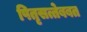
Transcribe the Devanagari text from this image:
पितृसत्तेबबत